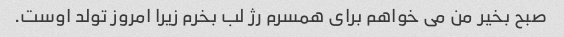
صبح بخیر من می خواهم برای همسرم رژ لب بخرم زیرا امروز تولد اوست.